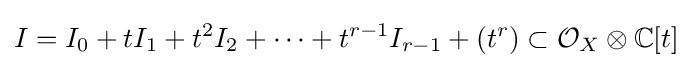
I=I_{0}+tI_{1}+t^{2}I_{2}+\cdots +t^{r-1}I_{r-1}+(t^{r})\subset {\mathcal {O}}_{X}\otimes \mathbb {C} [t]